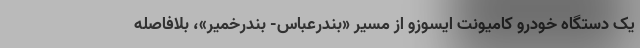
یک دستگاه خودرو کامیونت ایسوزو از مسیر «بندرعباس- بندرخمیر»، بلافاصله